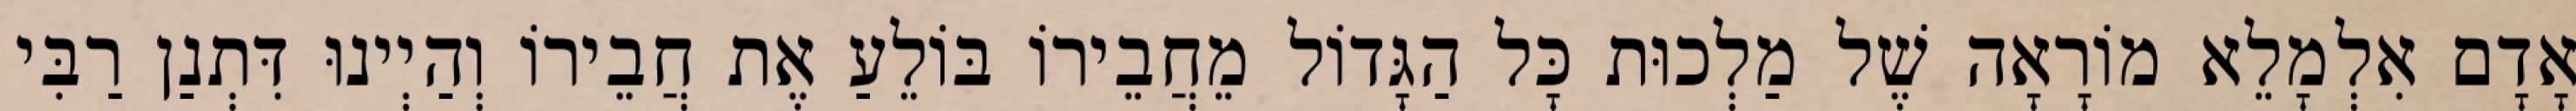
אָדָם אִלְמָלֵא מוֹרָאָה שֶׁל מַלְכוּת כָּל הַגָּדוֹל מֵחֲבֵירוֹ בּוֹלֵעַ אֶת חֲבֵירוֹ וְהַיְינוּ דִּתְנַן רַבִּי